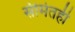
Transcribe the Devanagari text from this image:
सीमेतही